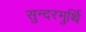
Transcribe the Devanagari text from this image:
सुन्दरमुर्थि